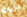
التي